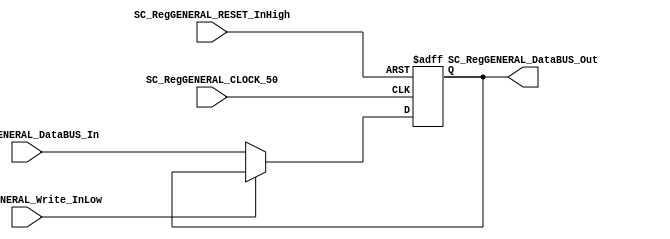
module SC_RegGENERAL #(parameter DATAWIDTH_BUS=32)(
	//////////// OUTPUTS //////////
	SC_RegGENERAL_DataBUS_Out,
	//////////// INPUTS //////////
	SC_RegGENERAL_CLOCK_50,
	SC_RegGENERAL_RESET_InHigh,
	SC_RegGENERAL_Write_InLow, 
	SC_RegGENERAL_DataBUS_In
);
//=======================================================
//  PARAMETER declarations
//=======================================================

//=======================================================
//  PORT declarations
//=======================================================
output   [DATAWIDTH_BUS-1:0]	SC_RegGENERAL_DataBUS_Out;
input		SC_RegGENERAL_CLOCK_50;
input		SC_RegGENERAL_RESET_InHigh;
input		SC_RegGENERAL_Write_InLow;	
input		[DATAWIDTH_BUS-1:0]	SC_RegGENERAL_DataBUS_In;

//=======================================================
//  REG/WIRE declarations
//=======================================================
reg [DATAWIDTH_BUS-1:0] RegGENERAL_Register;
reg [DATAWIDTH_BUS-1:0] RegGENERAL_Signal;
//=======================================================
//  Structural coding
//=======================================================
//INPUT LOGIC: COMBINATIONAL
always @ (*)
begin
	if (SC_RegGENERAL_Write_InLow == 1'b0)	
		RegGENERAL_Signal = SC_RegGENERAL_DataBUS_In;
	else 	
		RegGENERAL_Signal = RegGENERAL_Register;
end

//STATE REGISTER: SEQUENTIAL
always @(negedge SC_RegGENERAL_CLOCK_50, posedge SC_RegGENERAL_RESET_InHigh)
begin
	if (SC_RegGENERAL_RESET_InHigh == 1'b1)
		RegGENERAL_Register <= 0;
	else
		RegGENERAL_Register <= RegGENERAL_Signal;
end
//=======================================================
//  Outputs
//=======================================================
//OUTPUT LOGIC: COMBINATIONAL
assign SC_RegGENERAL_DataBUS_Out = RegGENERAL_Register;

endmodule